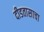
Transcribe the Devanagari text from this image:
दीडतासाचा